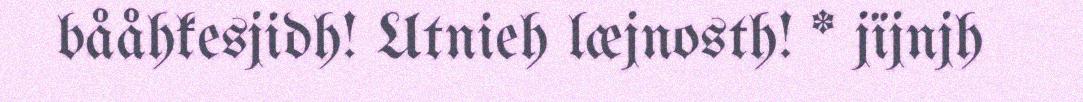
bååhkesjidh! Utnieh læjnosth! * jïjnjh